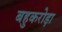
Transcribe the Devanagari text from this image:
बहुकरोड़ा